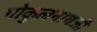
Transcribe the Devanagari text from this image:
गोकुलनाथजी